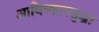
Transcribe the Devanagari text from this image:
आविष्कारसुद्धा